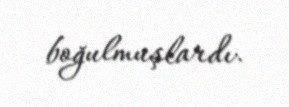
boğulmuşlardı.